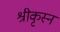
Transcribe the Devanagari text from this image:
श्रीकृस्‍न